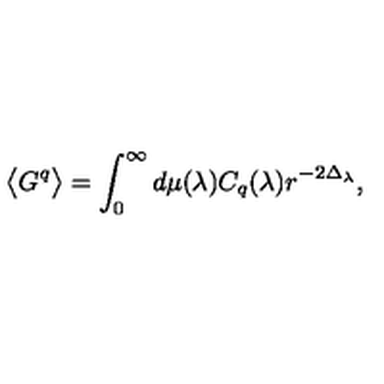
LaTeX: \big \langle G ^ { q } \big \rangle = \int _ { 0 } ^ { \infty } d \mu ( \lambda ) C _ { q } ( \lambda ) r ^ { - 2 \Delta _ { \lambda } } ,